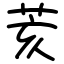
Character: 荄